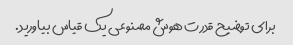
برای توضیح قدرت هوش مصنوعی یک قیاس بیاورید.